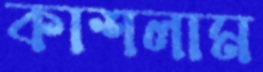
কাশলাম